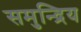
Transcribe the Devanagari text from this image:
समुन्द्रिय